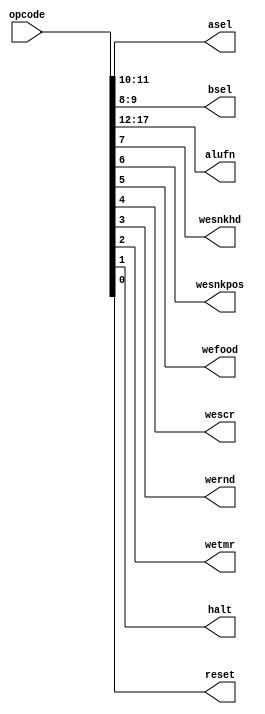
/*
   This file was generated automatically by the Mojo IDE version B1.3.6.
   Do not edit this file directly. Instead edit the original Lucid source.
   This is a temporary file and any changes made to it will be destroyed.
*/

module controllogic_4 (
    input [17:0] opcode,
    output reg [1:0] asel,
    output reg [1:0] bsel,
    output reg [5:0] alufn,
    output reg wesnkhd,
    output reg wesnkpos,
    output reg wefood,
    output reg wescr,
    output reg wernd,
    output reg wetmr,
    output reg halt,
    output reg reset
  );
  
  
  
  always @* begin
    alufn = opcode[12+5-:6];
    asel = opcode[10+1-:2];
    bsel = opcode[8+1-:2];
    wesnkhd = opcode[7+0-:1];
    wesnkpos = opcode[6+0-:1];
    wefood = opcode[5+0-:1];
    wescr = opcode[4+0-:1];
    wernd = opcode[3+0-:1];
    wetmr = opcode[2+0-:1];
    halt = opcode[1+0-:1];
    reset = opcode[0+0-:1];
  end
endmodule